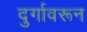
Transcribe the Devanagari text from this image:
दुर्गावरून